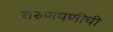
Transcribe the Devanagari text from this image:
तरुणपणीची